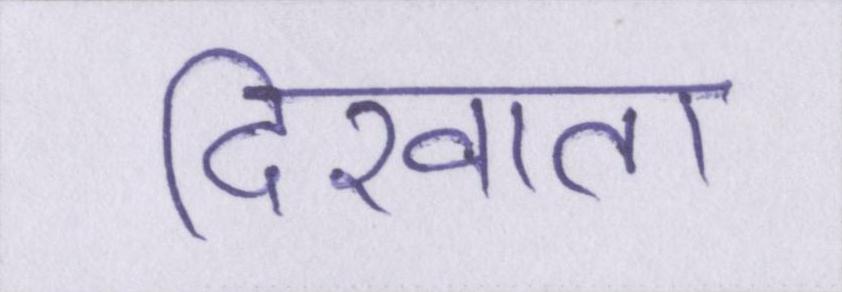
दिखाता